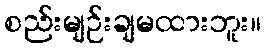
စည်းမျဉ်းချမထားဘူး။